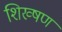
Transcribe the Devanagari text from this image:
शिख्षण